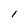
Character: I